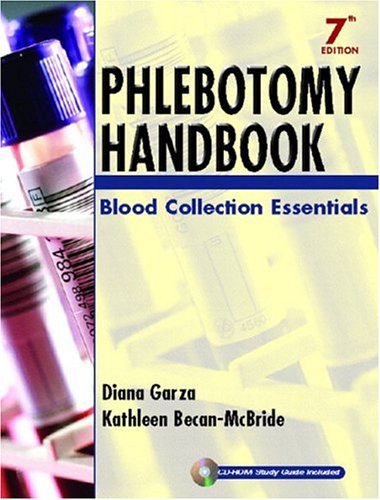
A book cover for Phlebotomy Handbook: Blood Collection Essentials (7th Edition); Diana Garza; Medical Books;